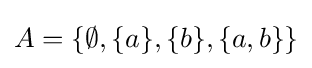
A=\{\emptyset ,\{a\},\{b\},\{a,b\}\}